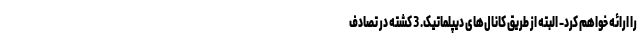
را ارائه خواهم کرد- البته از طریق کانال‌های دیپلماتیک. 3 کشته در تصادف